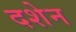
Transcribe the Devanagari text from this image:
दशेन